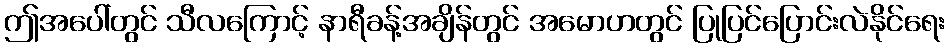
ဤအပေါ်တွင် သီလကြောင့် နာရီခန့်အချိန်တွင် အမောဟတွင် ပြုပြင်ပြောင်းလဲနိုင်ရေး